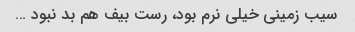
سیب زمینی خیلی نرم بود، رست بیف هم بد نبود …